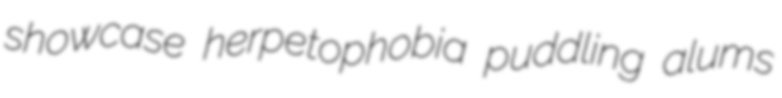
showcase herpetophobia puddling alums